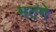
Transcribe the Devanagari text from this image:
मटंगे